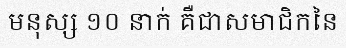
មនុស្ស ១០ នាក់ គឺជាសមាជិកនៃ